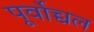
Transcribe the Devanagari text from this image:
पूर्वोच्चल